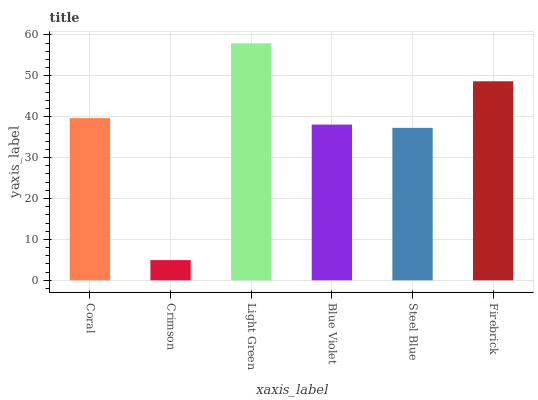
| xaxis_label | bars |
 | --- | --- |
 | Coral | 39.7 |
 | Crimson | 4.94 |
 | Light Green | 57.9 |
 | Blue Violet | 38.1 |
 | Steel Blue | 37.3 |
 | Firebrick | 48.7 |